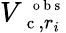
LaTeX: V_{\mathrm{~\small~c~},r_{i}}^{\mathrm{~\scriptsize~o~b~s~}}